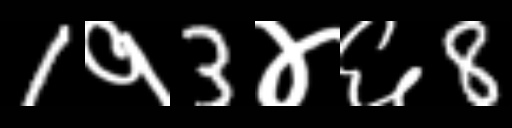
Text: 1१3४६8